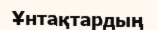
Ұнтақтардың